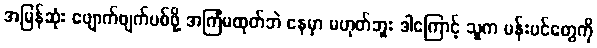
အမြန်ဆုံး ဖျောက်ဖျက်ပစ်ဖို့ အကြံမထုတ်ဘဲ နေမှာ မဟုတ်ဘူး ဒါကြောင့် သူက ပန်းပင်တွေကို